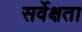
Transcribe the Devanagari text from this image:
सर्वेक्षता